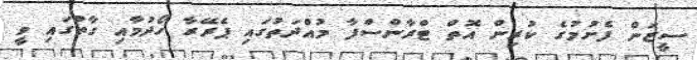
ސީޒަން ފެށުމުގެ ކުރިން އޮތް ޓްރާންސްފާ މުއްދަތުގައި ޕެރޭރާ ހޯދުމާއި ގާތުގައި ވީ